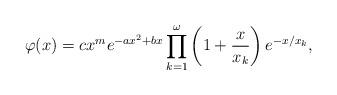
LaTeX: \begin{align*}\varphi(x)=c x^m e^{-ax^2+bx} \prod_{k=1}^{\omega} \left(1+\frac{x}{x_k} \right) e^{-x/x_k},\end{align*}